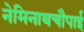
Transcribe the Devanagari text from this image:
नेमिनाथचौपाई